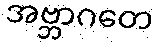
အဗ္ဘာဂတေ